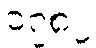
၁၇၈၂